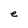
Character: e